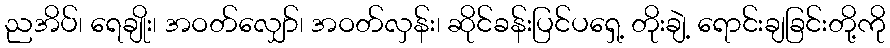
ညအိပ်၊ ရေချိုး၊ အဝတ်လျှော်၊ အဝတ်လှန်း၊ ဆိုင်ခန်းပြင်ပရှေ့ တိုးချဲ့ ရောင်းချခြင်းတို့ကို